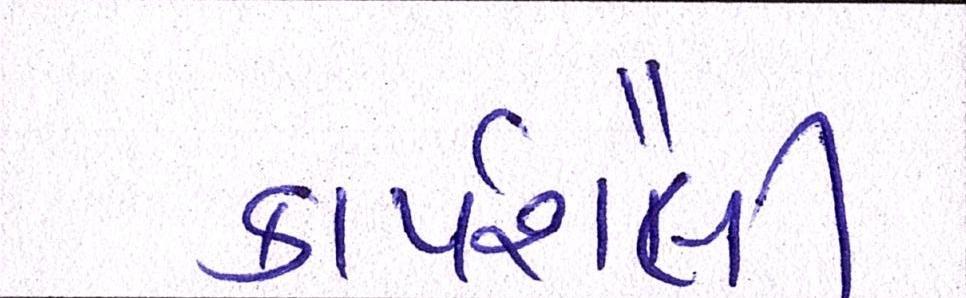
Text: કાર્યશૈલી